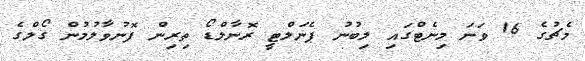
މެޗުގެ 16 ވަނަ މިނެޓްގައި ލިބުނު ޕެނަލްޓީ ރޮނާލްޑޯ ތިރިން ފޮނުވާލުމުން ގޯލްގެ